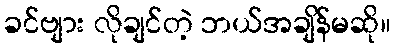
ခင်ဗျား လိုချင်တဲ့ ဘယ်အချိန်မဆို။